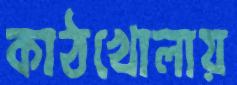
কাঠখোলায়